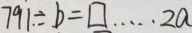
7 9 1 \div b = \square \cdots 2 a